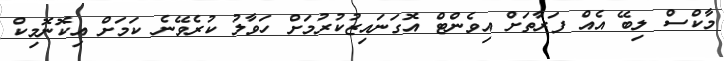
މާކްސް ލިބޭ އެއް ފަރާތަށް އިވެންޓް އޮގަނައިޒުކުރުމަށް ހަވާލު ކުރެވޭނެ ކަމަށް އިކޮނޮމިކް